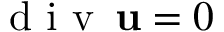
{ \mathrm { ~ d ~ i ~ v ~ } \, } { \bf u } = 0